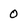
Character: 0